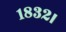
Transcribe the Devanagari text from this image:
१८३२।